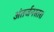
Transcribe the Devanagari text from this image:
अंतर्जनस्तर।